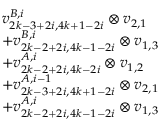
\begin{array} { r l } & { v _ { 2 k - 3 + 2 i , 4 k + 1 - 2 i } ^ { B , i } \otimes v _ { 2 , 1 } } \\ & { + v _ { 2 k - 2 + 2 i , 4 k - 1 - 2 i } ^ { B , i } \otimes v _ { 1 , 3 } } \\ & { + v _ { 2 k - 2 + 2 i , 4 k - 2 i } ^ { A , i } \otimes v _ { 1 , 2 } } \\ & { + v _ { 2 k - 3 + 2 i , 4 k + 1 - 2 i } ^ { A , i - 1 } \otimes v _ { 2 , 1 } } \\ & { + v _ { 2 k - 2 + 2 i , 4 k - 1 - 2 i } ^ { A , i } \otimes v _ { 1 , 3 } } \end{array}